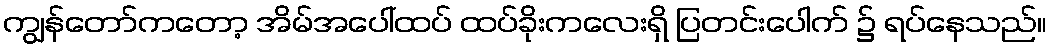
ကျွန်တော်ကတော့ အိမ်အပေါ်ထပ် ထပ်ခိုးကလေးရှိ ပြတင်းပေါက် ၌ ရပ်နေသည်။